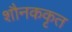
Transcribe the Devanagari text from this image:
शौनककृत